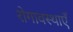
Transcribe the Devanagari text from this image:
रोगावस्थाएँ